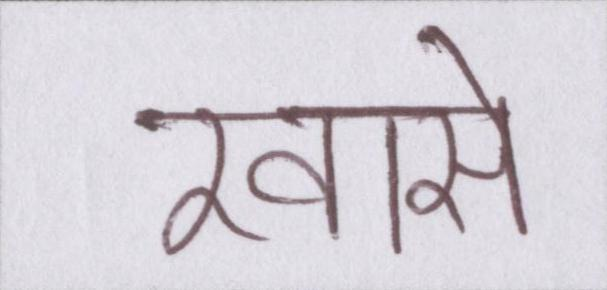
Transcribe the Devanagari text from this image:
खासे